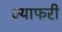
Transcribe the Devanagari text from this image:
ज्याफरी